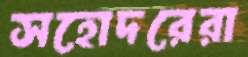
সহোদরেরা